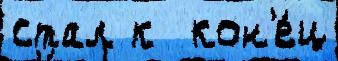
стал к  кон'е́ц